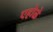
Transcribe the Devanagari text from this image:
एहोळे